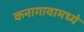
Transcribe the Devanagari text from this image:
कनागावामध्ये